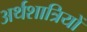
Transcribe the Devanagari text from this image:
अर्थशात्रियों